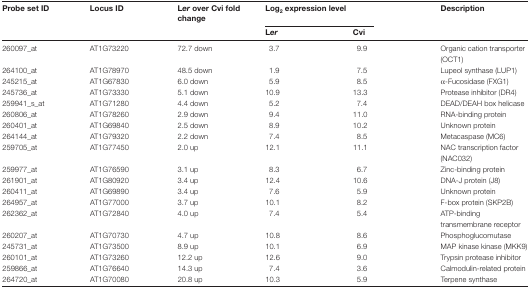
<table><thead><tr><td><b>Probe set ID</b></td><td><b>Locus ID</b></td><td><b>L<i>er</i> over Cvi fold change</b></td><td colspan="2"><b>Log<sub>2</sub> expression level</b></td><td><b>Description</b></td></tr><tr><td></td><td></td><td></td><td><b>L<i>er</i></b></td><td><b>Cvi</b></td><td></td></tr></thead><tbody><tr><td>260097_at</td><td>AT1G73220</td><td>72.7 down</td><td>3.7</td><td>9.9</td><td>Organic cation transporter (OCT1)</td></tr><tr><td>264100_at</td><td>AT1G78970</td><td>48.5 down</td><td>1.9</td><td>7.5</td><td>Lupeol synthase (LUP1)</td></tr><tr><td>245215_at</td><td>AT1G67830</td><td>6.0 down</td><td>5.9</td><td>8.5</td><td>α-Fucosidase (FXG1)</td></tr><tr><td>245736_at</td><td>AT1G73330</td><td>5.1 down</td><td>10.9</td><td>13.3</td><td>Protease inhibitor (DR4)</td></tr><tr><td>259941_s_at</td><td>AT1G71280</td><td>4.4 down</td><td>5.2</td><td>7.4</td><td>DEAD/DEAH box helicase</td></tr><tr><td>260806_at</td><td>AT1G78260</td><td>2.9 down</td><td>9.4</td><td>11.0</td><td>RNA-binding protein</td></tr><tr><td>260401_at</td><td>AT1G69840</td><td>2.5 down</td><td>8.9</td><td>10.2</td><td>Unknown protein</td></tr><tr><td>264144_at</td><td>AT1G79320</td><td>2.2 down</td><td>7.4</td><td>8.5</td><td>Metacaspase (MC6)</td></tr><tr><td>259705_at</td><td>AT1G77450</td><td>2.0 up</td><td>12.1</td><td>11.1</td><td>NAC transcription factor (NAC032)</td></tr><tr><td>259977_at</td><td>AT1G76590</td><td>3.1 up</td><td>8.3</td><td>6.7</td><td>Zinc-binding protein</td></tr><tr><td>261901_at</td><td>AT1G80920</td><td>3.4 up</td><td>12.4</td><td>10.6</td><td>DNA-J protein (J8)</td></tr><tr><td>260411_at</td><td>AT1G69890</td><td>3.4 up</td><td>7.6</td><td>5.9</td><td>Unknown protein</td></tr><tr><td>264957_at</td><td>AT1G77000</td><td>3.7 up</td><td>10.1</td><td>8.2</td><td>F-box protein (SKP2B)</td></tr><tr><td>262362_at</td><td>AT1G72840</td><td>4.0 up</td><td>7.4</td><td>5.4</td><td>ATP-binding transmembrane receptor</td></tr><tr><td>260207_at</td><td>AT1G70730</td><td>4.7 up</td><td>10.8</td><td>8.6</td><td>Phosphoglucomutase</td></tr><tr><td>245731_at</td><td>AT1G73500</td><td>8.9 up</td><td>10.1</td><td>6.9</td><td>MAP kinase kinase (MKK9)</td></tr><tr><td>260101_at</td><td>AT1G73260</td><td>12.2 up</td><td>12.6</td><td>9.0</td><td>Trypsin protease inhibitor</td></tr><tr><td>259866_at</td><td>AT1G76640</td><td>14.3 up</td><td>7.4</td><td>3.6</td><td>Calmodulin-related protein</td></tr><tr><td>264720_at</td><td>AT1G70080</td><td>20.8 up</td><td>10.3</td><td>5.9</td><td>Terpene synthase</td></tr></tbody></table>